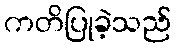
ကတိပြုခဲ့သည်